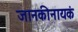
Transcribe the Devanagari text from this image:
जानकीनायकं